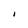
Character: I